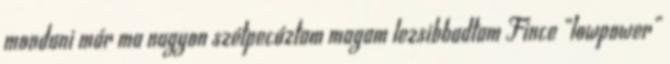
mondani már ma nagyon szétpecáztam magam lezsibbadtam Fince „lowpower”